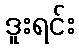
ဒူးရင်း